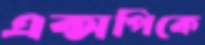
এক্সপিকে